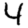
Digit: 4